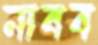
নাবব